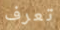
تعرف